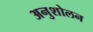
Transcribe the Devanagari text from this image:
अनुशोलन